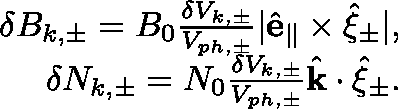
\begin{array} { r } { \delta B _ { k , \pm } = B _ { 0 } \frac { \delta V _ { k , \pm } } { V _ { p h , \pm } } | \hat { \mathbf { e } } _ { \parallel } \times \hat { \mathbf { \xi } } _ { \pm } | , } \\ { \delta N _ { k , \pm } = N _ { 0 } \frac { \delta V _ { k , \pm } } { V _ { p h , \pm } } \hat { \mathbf { k } } \cdot \hat { \mathbf { \xi } } _ { \pm } . } \end{array}